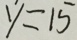
y = 1 5